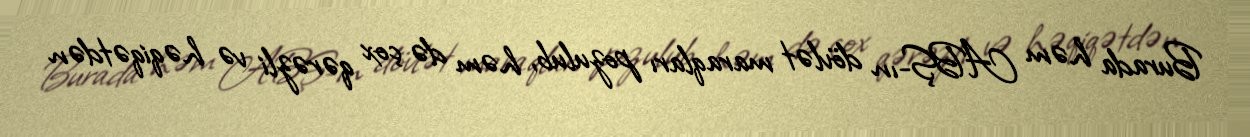
Burada həm ABŞ-ın dövlət maraqları pozulub, həm də çox qərəzli və həqiqətdən